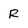
Character: R